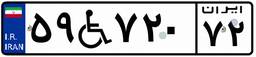
۵۹W۷۲۰۷۲